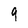
Character: 9